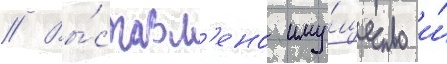
// Вы́ставл'ено иму́щество и́